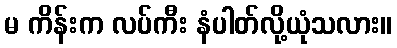
မ ကိန်းက လပ်ကီး နံပါတ်လို့ယုံသလား။